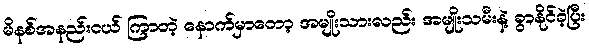
မိနစ်အနည်းငယ် ကြာတဲ့ နောက်မှာတော့ အမျိုးသားလည်း အမျိုးသမီးနဲ့ ခွာနိုင်ခဲ့ပြီး